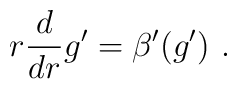
r\frac{d}{dr}g^{\prime }=\beta ^{\prime }(g^{\prime })\,\,.